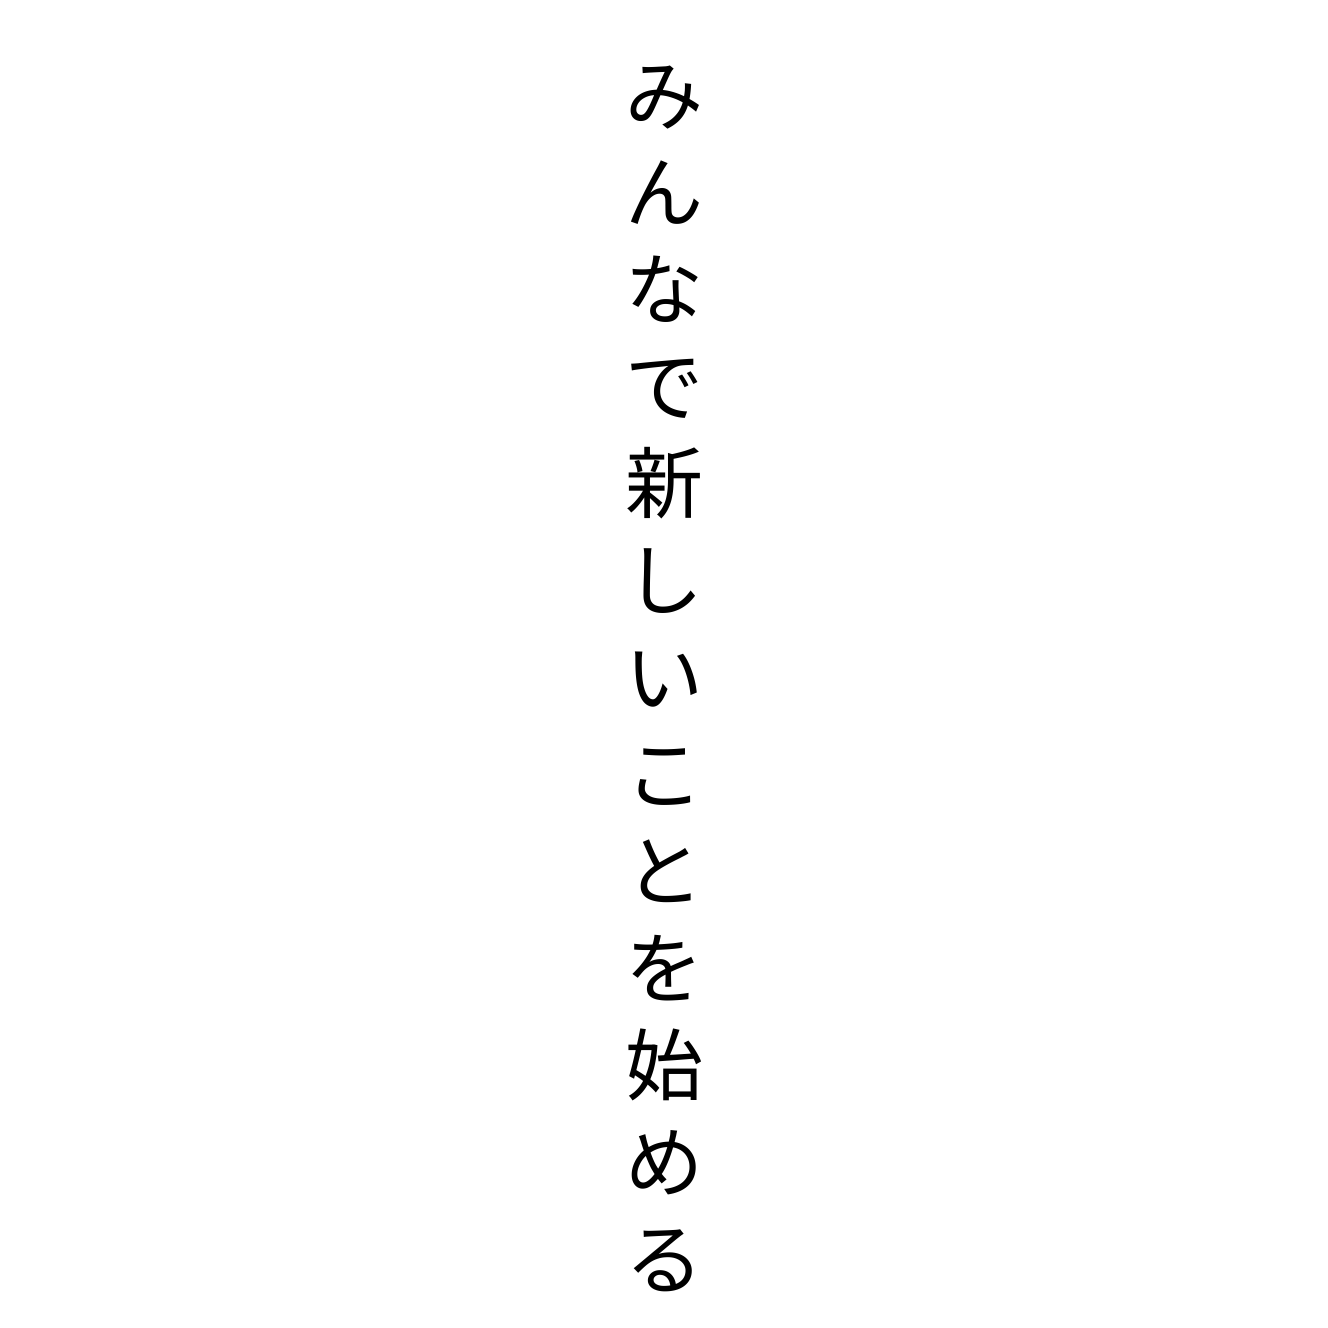
みんなで新しいことを始める